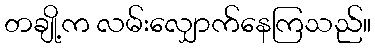
တချို့က လမ်းလျှောက်နေကြသည်။